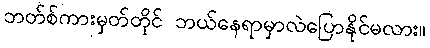
ဘတ်စ်ကားမှတ်တိုင် ဘယ်နေရာမှာလဲပြောနိုင်မလား။